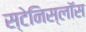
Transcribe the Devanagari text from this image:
स्टेनिस्लॉस